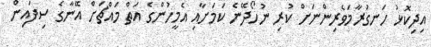
އިދިކޮޅު ހަނގުރާމަވެރިންނަށް ކުރި ނުހޯދޭނެ ކަމަށާއި އެމީހުންގެ އަތް މައްޗަށް އޭނާގެ ސިފައިން